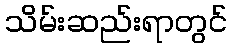
သိမ်းဆည်းရာတွင်